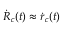
\dot { \boldsymbol { R } } _ { c } ( t ) \approx \dot { \boldsymbol { r } } _ { c } ( t )